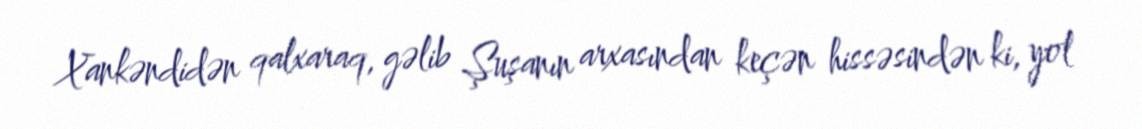
Xankəndidən qalxaraq, gəlib Şuşanın arxasından keçən hissəsindən ki, yol